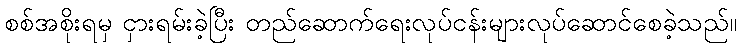
စစ်အစိုးရမှ ငှားရမ်းခဲ့ပြီး တည်ဆောက်ရေးလုပ်ငန်းများလုပ်ဆောင်စေခဲ့သည်။